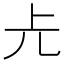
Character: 𠑷